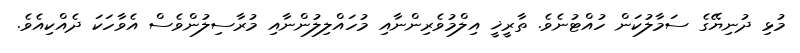
މުޅި ދުނިޔޭގެ ސަމާލުކަން ހުއްޓުނެވެ. ތާރީޚީ އިލްމުވެރިންނާއި މުހައްލިލުންނާއި މުރާސިލުންވެސް އެވާހަކަ ދެއްކިއެވެ.